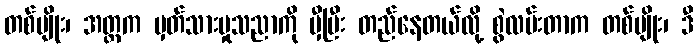
တစ်မျိုး၊ အတ္တက မှတ်သားမှုသညာကို မှီပြီး တည်နေတယ်လို့ စွဲလမ်းတာက တစ်မျိုး၊ ဒီ